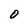
Character: O